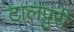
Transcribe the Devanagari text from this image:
टालपुरी